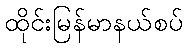
ထိုင်းမြန်မာနယ်စပ်